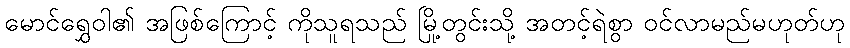
မောင်ရွှေဝါ၏ အဖြစ်ကြောင့် ကိုသူရသည် မြို့တွင်းသို့ အတင့်ရဲစွာ ဝင်လာမည်မဟုတ်ဟု